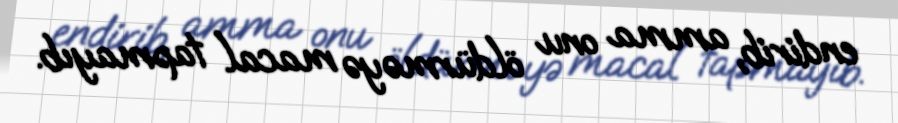
endirib, amma onu öldürməyə macal tapmayıb.